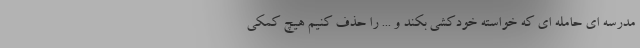
مدرسه ای حامله ای که خواسته خودکشی بکند و ... را حذف کنیم هیچ کمکی